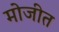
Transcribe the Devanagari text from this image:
मोजीत